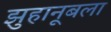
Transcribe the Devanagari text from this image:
झुहानूबला